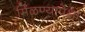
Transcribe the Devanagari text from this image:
मिळण्यापेक्षा